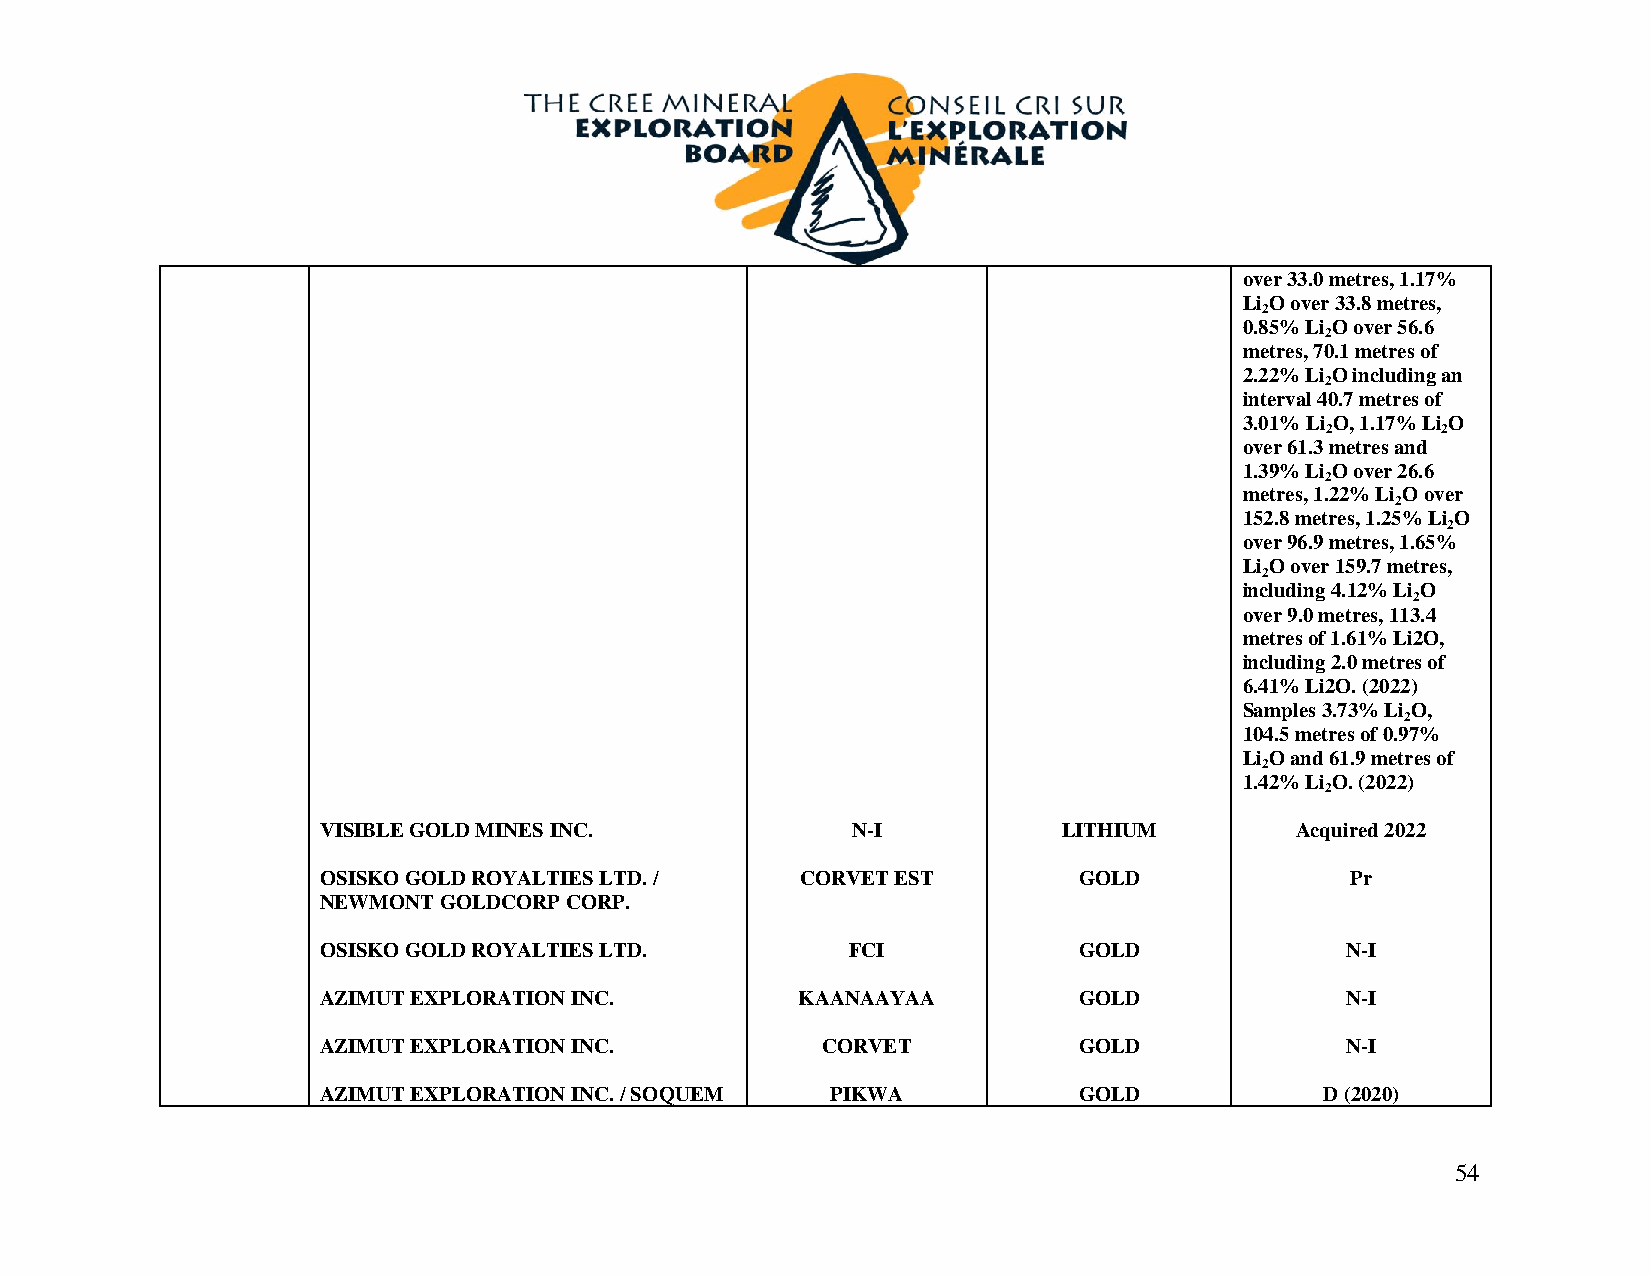
over 33.0 metres, 1.17%
 Li O over 33.8 metres,
 2
 0.85% Li O over 56.6
 2
 metres, 70.1 metres of
 2.22% Li O including an
 2
 interval 40.7 metres of
 3.01% Li O, 1.17% Li O
 2      2
 over 61.3 metres and
 1.39% Li O over 26.6
 2
 metres, 1.22% Li O over
 2
 152.8 metres, 1.25% Li O
 2
 over 96.9 metres, 1.65%
 Li O over 159.7 metres,
 2
 including 4.12% Li O
 2
 over 9.0 metres, 113.4
 metres of 1.61% Li2O,
 including 2.0 metres of
 6.41% Li2O. (2022)
 Samples 3.73% Li O,
 2
 104.5 metres of 0.97%
 Li O and 61.9 metres of
 2
 1.42% Li O. (2022)
 2
 VISIBLE GOLD MINES INC.            N-I           LITHIUM         Acquired 2022
 OSISKO GOLD ROYALTIES LTD. /    CORVET EST        GOLD              Pr
 NEWMONT GOLDCORP CORP.
 OSISKO GOLD ROYALTIES LTD.         FCI            GOLD              N-I
 AZIMUT EXPLORATION INC.         KAANAAYAA         GOLD              N-I
 AZIMUT EXPLORATION INC.          CORVET           GOLD              N-I
 AZIMUT EXPLORATION INC. / SOQUEM  PIKWA           GOLD             D (2020)
 54